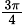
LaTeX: \scriptstyle{\frac{3\pi}{4}}